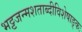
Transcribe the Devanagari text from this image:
भट्टजन्मशताब्दीविशेषाङ्कः